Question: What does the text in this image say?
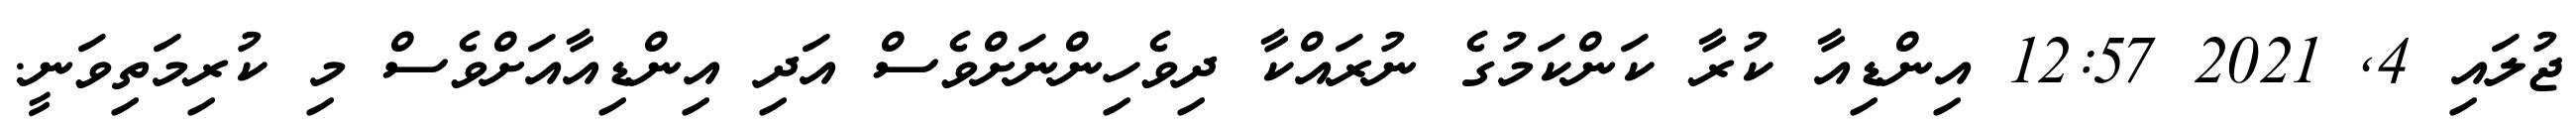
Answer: ޖުލައި 4, 2021 12:57 އިންޑިއާ ކުރާ ކަންކަމުގެ ނުރައްކާ ދިވެހިންނަށްވެސް އަދި އިންޑިއާއަށްވެސް މި ކުރިމަތިވަނީ.